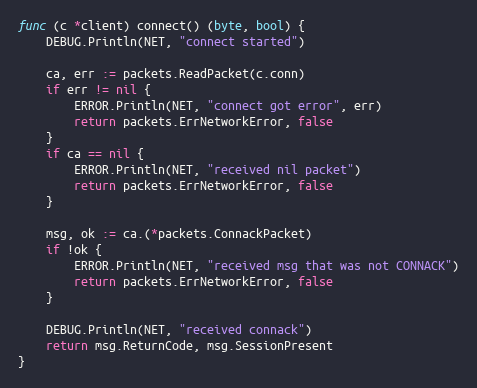
Language: Go
func (c *client) connect() (byte, bool) {
	DEBUG.Println(NET, "connect started")

	ca, err := packets.ReadPacket(c.conn)
	if err != nil {
		ERROR.Println(NET, "connect got error", err)
		return packets.ErrNetworkError, false
	}
	if ca == nil {
		ERROR.Println(NET, "received nil packet")
		return packets.ErrNetworkError, false
	}

	msg, ok := ca.(*packets.ConnackPacket)
	if !ok {
		ERROR.Println(NET, "received msg that was not CONNACK")
		return packets.ErrNetworkError, false
	}

	DEBUG.Println(NET, "received connack")
	return msg.ReturnCode, msg.SessionPresent
}